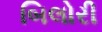
બિલોરી